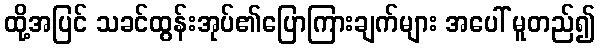
ထို့အပြင် သခင်ထွန်းအုပ်၏ပြောကြားချက်များ အပေါ် မူတည်၍